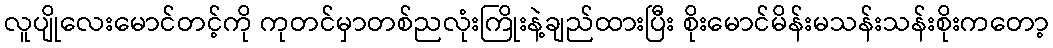
လူပျိုလေးမောင်တင့်ကို ကုတင်မှာတစ်ညလုံးကြိုးနဲ့ချည်ထားပြီး စိုးမောင်မိန်းမသန်းသန်းစိုးကတော့